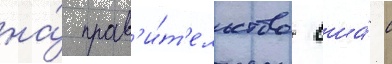
на́ прав'и́т'ельство сша́ с